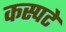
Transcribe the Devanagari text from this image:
कस्पटे